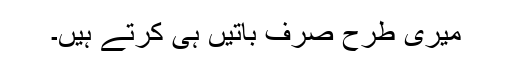
میری طرح صرف باتیں ہی کرتے ہیں۔